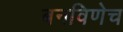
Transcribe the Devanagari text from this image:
बनविणेच